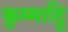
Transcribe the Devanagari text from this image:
कुम्माट्टि